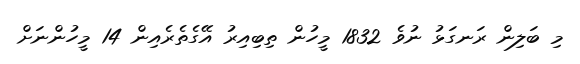
މި ބަލިން ރަނގަޅު ނުވެ 1832 މީހުން ތިބިއިރު އޭގެތެރެއިން 14 މީހުންނަށް